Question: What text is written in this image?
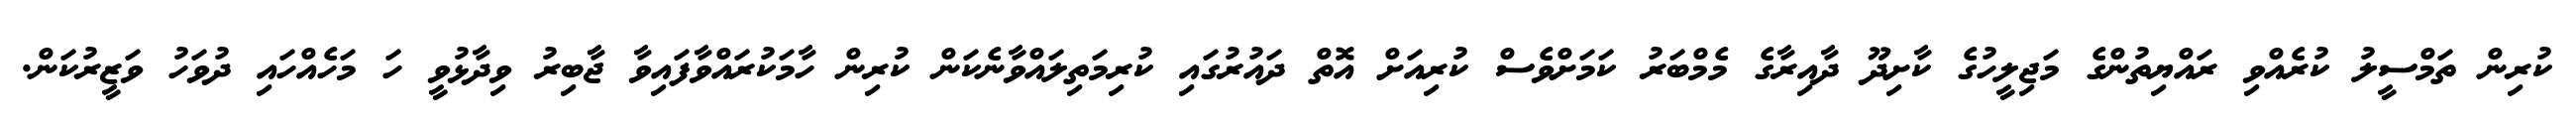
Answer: ކުރިން ތަމްސީލު ކުރެއްވި ރައްޔިތުންގެ މަޖިލީހުގެ ކާށިދޫ ދާއިރާގެ މެމްބަރު ކަމަށްވެސް ކުރިއަށް އޮތް ދައުރުގައި ކުރިމަތިލައްވާނެކަން ކުރިން ހާމަކުރައްވާފައިވާ ޖާބިރު ވިދާޅުވީ ހަ މަހެއްހައި ދުވަހު ވަޒީރުކަން.